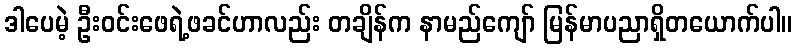
ဒါပေမဲ့ ဦးဝင်းဖေရဲ့ဖခင်ဟာလည်း တချိန်က နာမည်ကျော် မြန်မာပညာရှိတယောက်ပါ။